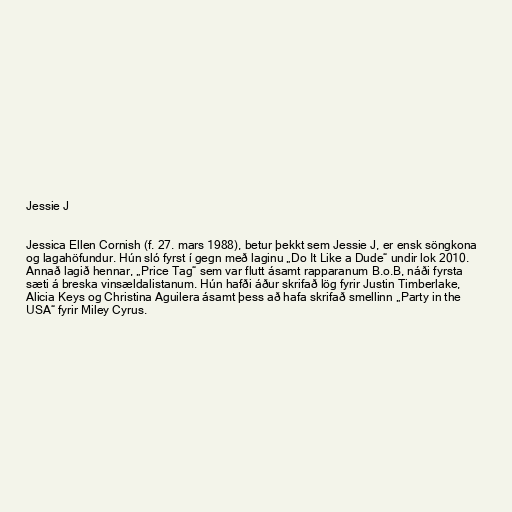
Jessie J

Jessica Ellen Cornish (f. 27. mars 1988), betur þekkt sem Jessie J, er ensk söngkona
og lagahöfundur. Hún sló fyrst í gegn með laginu „Do It Like a Dude“ undir lok 2010.
Annað lagið hennar, „Price Tag“ sem var flutt ásamt rapparanum B.o.B, náði fyrsta
sæti á breska vinsældalistanum. Hún hafði áður skrifað lög fyrir Justin Timberlake,
Alicia Keys og Christina Aguilera ásamt þess að hafa skrifað smellinn „Party in the
USA“ fyrir Miley Cyrus.